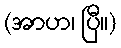
(အာဟ၊ ပြီ။)